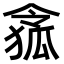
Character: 𠍐